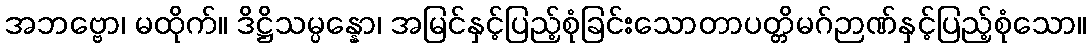
အဘဗ္ဗော၊ မထိုက်။ ဒိဋ္ဌိသမ္ပန္နော၊ အမြင်နှင့်ပြည့်စုံခြင်းသောတာပတ္တိမဂ်ဉာဏ်နှင့်ပြည့်စုံသော။